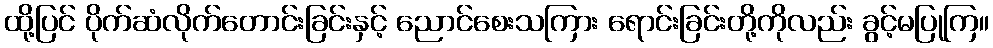
ထို့ပြင် ပိုက်ဆံလိုက်တောင်းခြင်းနှင့် ညောင်စေးသကြား ရောင်းခြင်းတို့ကိုလည်း ခွင့်မပြုကြ။